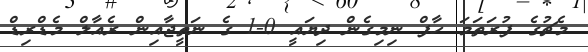
މެޗުގެ ފުރަތަމަ ހާފް ނިމިގެން ދިޔައީ 0-1 ގެ ނަތީޖާއިން ރެއާލް މެޑްރިޑް